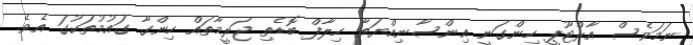
ނަމަވެސް އާރްޓޫޕީ ހިންގަނީ އިންސާނިއްޔަތާ ހިލާފް ބޮޑެތި ޖަރީމާތައް ހިންގާ ގައުމުތަކުގަ އެވެ.